Civil Veterinary Department Bihar & Orissa reports 1911-21 - 1911-1921
Year: 1911
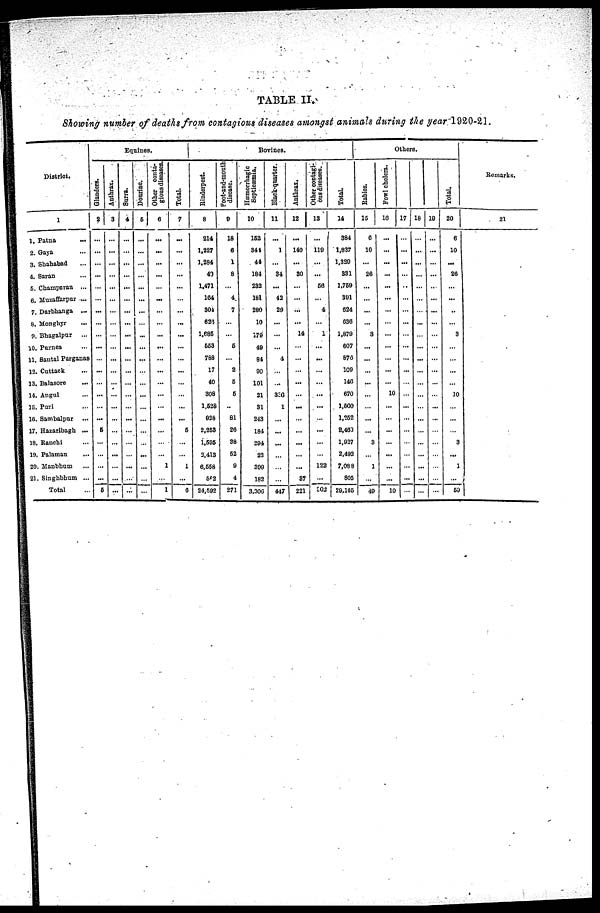
TABLE II.
Showing number of deaths from contagious diseases amongst animals during the year 1920-21.
District.
1
1.Patna ...
2. Gaya ...
3. Shahabad ...
4. Saran ...
5. Champaran ...
6. Muzaffarpur ...
7. Darbbanga ...
8. Monghyr ...
9. Bhagalpur ...
10. Purnea ...
11. Santal Parganas
12. Cattack ...
13. Balasore ...
14. Angul ...
15. Puri ...
16. Sambalpur ...
17. Hazaribagh ...
18. Ranchi ...
19. Palamau ...
20. Manbhum ..
21. Singhbbum ...
Total ...
Equines.
Glanders.
2
...
...
...
...
...
...
...
...
...
...
...
...
...
...
...
...
6
...
...
...
...
6
Anthrax.
3
...
...
...
...
...
...
...
...
...
...
...
...
...
...
...
...
...
...
...
...
...
...
Surra.
4
...
...
...
...
...
...
...
...
...
...
...
...
...
...
...
...
...
...
...
...
...
...
Dourine.
5
...
...
...
...
...
...
...
...
...
...
...
...
...
...
...
...
...
...
...
...
...
...
Other conta-
gious diseases.
6
...
...
...
...
...
...
...
...
...
...
...
...
...
...
...
...
...
...
...
1
...
1
Total.
7
...
...
...
...
...
...
...
...
...
...
...
...
...
...
...
...
6
...
...
1
...
6
Bovines.
Rinderpest.
8
214
1,227
1,284
49
1,471
164
304
629
1,685
653
788
17
40
308
1,528
828
2,253
1,505
3,413
6,558
582
24,592
Foot-and-mouth
disease.
9
18
6
1
8
...
4
7
...
...
5
...
2
5
5
...
81
26
38
62
9
4
271
Hæmorrhagic
Septicæmia.
10
152
341
44
184
232
181
280
10
179
49
84
90
101
21
31
243
184
294
22
399
182
3,306
Black-quarter.
11
...
1
...
34
...
42
29
...
...
...
4
...
...
330
1
...
...
...
...
...
...
447
Anthrax.
12
...
140
...
30
...
...
...
...
14
...
...
...
...
...
...
...
...
...
...
...
87
221
Other contagi-
ous diseases.
13
...
119
...
...
56
...
4
...
1
...
...
...
...
...
...
...
...
...
...
122
...
302
Total.
14
384
1,837
1,329
331
1,759
391
624
036
1,879
607
876
109
146
670
1,600
1,552
8,463
1,937
2,492
7,088
805
29,165
Others.
Rabies.
15
6
10
...
26
...
...
...
...
3
...
...
...
...
...
...
...
...
3
...
1
...
49
Fowl cholera.
18
...
...
...
...
...
...
...
...
...
...
...
...
...
10
...
...
...
...
...
...
...
10
17
...
...
...
...
...
...
...
...
...
...
...
...
...
...
...
...
...
...
...
...
...
...
18
...
...
...
...
...
...
...
...
...
...
...
...
...
...
...
...
...
...
...
...
...
...
19
...
...
...
...
...
...
...
...
...
...
...
...
...
...
...
...
...
...
...
...
...
...
Total.
20
6
10
...
26
...
...
..
...
3
...
...
...
...
10
...
3
...
1
...
59
Remarks.
21